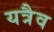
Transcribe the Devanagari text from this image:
यत्रैव